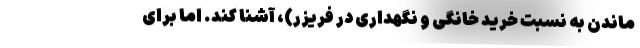
ماندن به نسبت خرید خانگی و نگهداری در فریزر)، آشنا کند. اما برای